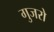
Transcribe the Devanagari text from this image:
गुजरो